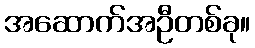
အဆောက်အဦတစ်ခု။